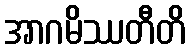
အာဂမိဿတီတိ